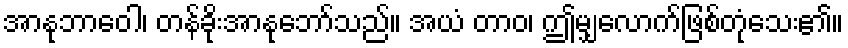
အာနုဘာဝေါ၊ တန်ခိုးအာနုဘော်သည်။ အယံ တာဝ၊ ဤမျှလောက်ဖြစ်တုံသေး၏။